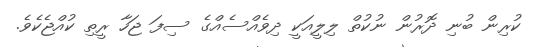
ކުރިން ބުނި ދޮރުން ނުކުތް ލިލީއަކީ ދިވެއްސެއްގެ ސިފަ ޖަހާ ރީތި ކުއްޖެކެވެ.